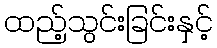
ထည့်သွင်းခြင်းနှင့်